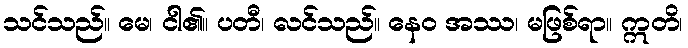
သင်သည်။ မေ၊ ငါ၏။ ပတီ၊ လင်သည်။ နေဝ အဿ၊ မဖြစ်ရာ။ ဣတိ၊